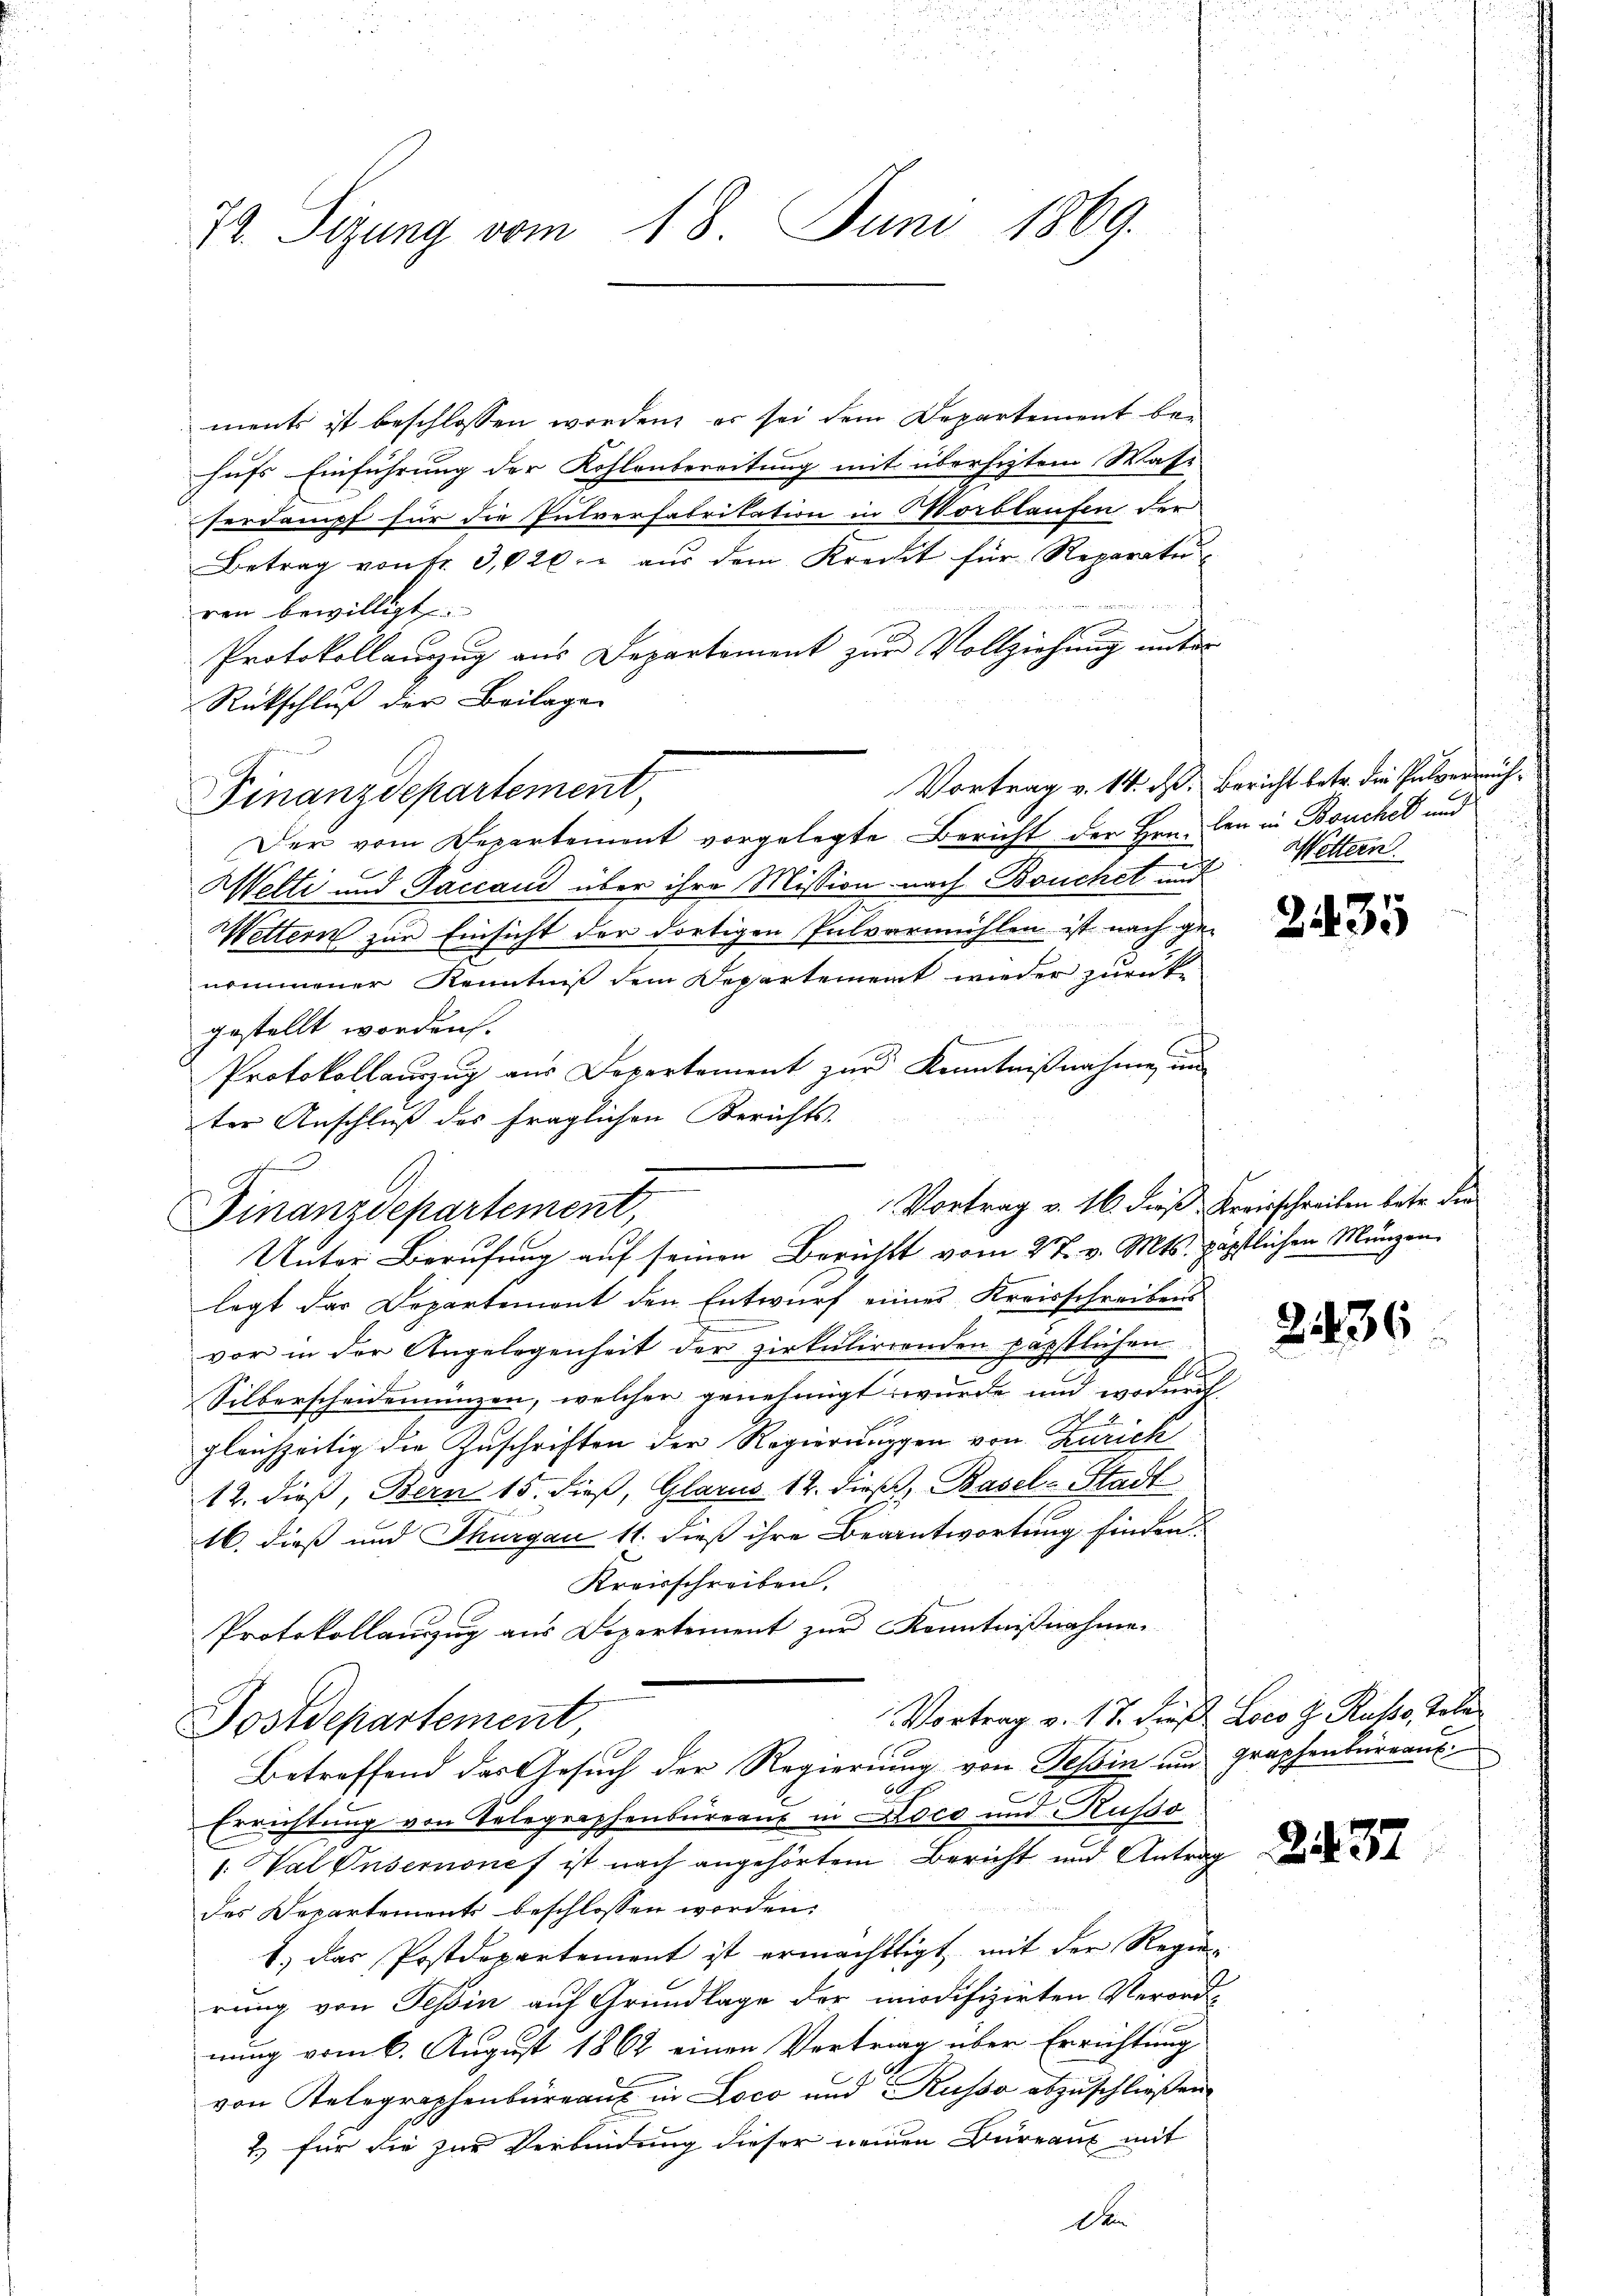
72. Sizung vom 18. Juni 1869.

ments ist beschlossen worden, es sei dem Departement behufs Einführung der Kohlenbereitung mit übersitztem Wase
herdampf für die Pulverfabrikation in Wortlaufen der
Betrag von fr. 3,020.- aus dem Kredit für Reparatu
ren bewilligt.
1
Protokollauszug aus Departement zur Vollziehung unter
Rückschluß der Beilage
ritier
Finanzdepartement,
Der vom Departement vorgelegte Bericht der Hrn. Den in Bouchel und
Welti und Paccani über ihre Mission nach Bouchet u. Wettern
Wettern zur Einsicht der dortigen Pulvermühlen ist nach ge-
nommener Kenntniß dem Departement wieder zurück-
gestellt worden.
.
Protokollauszug aus Departement zur Kenntnißnahme in
ter Anschluß des fraglichen Berichts-
Finanzdepartement,
Unter Berufung auf seinen Berichts vom 27. v. Mts. päpstlichen Münzen
legt das Departement den Entwurf eines Kreisschreibens
vor in der Angelegenheit der zirkulirenden päpstlichen
.
A
Silberscheidemünzen, welcher genehmigt wurde und wodurch
gleichzeitig die Zuschriften der Regierungen von Zürich
12. dieß, Bern 15. dieß, Glarus 14. dieß, Basel-Stadt
16. dieß und Thurgau 11. dieß ihre Beantwortung finden
Kreisschreiben.
Protokollauszug aus Departement zur Kenntnißnahme
Vortrag v. 17. Das Loco H. Russo, Toler
Postdepartement,
Betreffend das Gesuch der Regierung von Tessin und Graphenbüreau
20.
Errichtung von Telegraphenbureaus in Koco und Russo
. Val Onsernonef ist nach angehörtem Bericht und Antrag
des Departements beschlossen worden,
1. das Postdepartement ist ermächtigt mit der Regierung von Tessin auf Grundlage der modifizirten Verordnung vom 6. August 1862 einen Vertrag über Errichtung
von Telegraphenbüreaux in Loco und Russo abzuschließen.
2.) für die zur Verbindung dieser neuen Büreaus mit

Vortrag v. 14. d. Bericht betr. die Pulverreich¬

2435

Vortrag v. 16. dieß Kreisschreiben betr. die

2436

2. 437